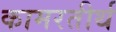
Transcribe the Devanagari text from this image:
कामरतीर्थ